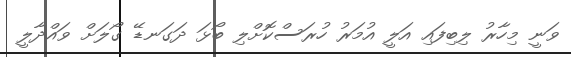
ވަނީ މިހާރު ލިބިފައި އަލީ އުމަރު ހުރަސްކޮށްލި ބޯޅަ ދަގަނޑޭ ގޯލަށް ވައްދާލީ